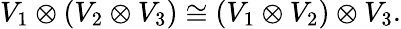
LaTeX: V_{1}\otimes(V_{2}\otimes V_{3})\cong(V_{1}\otimes V_{2})\otimes V_{3}.